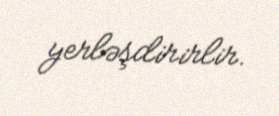
yerləşdirirlir.